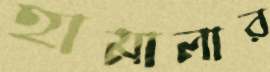
হামালার